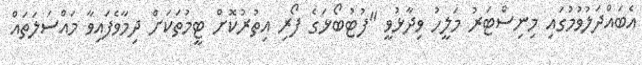
އެބައްދަލުވުމުގައި މިނިސްޓަރު މަލީހު ވިދާޅުވީ "ފުޓުބޯޅަގެ ފޯރި އިތުރުކޮށް ޓީމުތަކަށް ދިމާވެފައިވާ މައްސަލަތައް